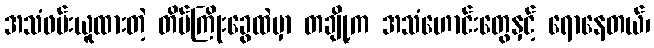
အသံဖမ်းယူထားတဲ့ တိပ်ကြိုးခွေထဲမှာ တချို့က အသံဟောင်းတွေနှင့် ရောနေတယ်၊